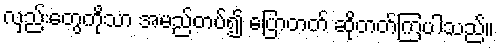
လှည်းတွေကိုသာ အမည်တပ်၍ ပြောတတ် ဆိုတတ်ကြပါသည်။